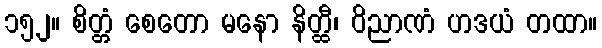
၁၅၂။ စိတ္တံ စေတော မနော နိတ္ထီ၊ ဝိညာဏံ ဟဒယံ တထာ။